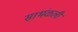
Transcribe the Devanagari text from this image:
साभंळली